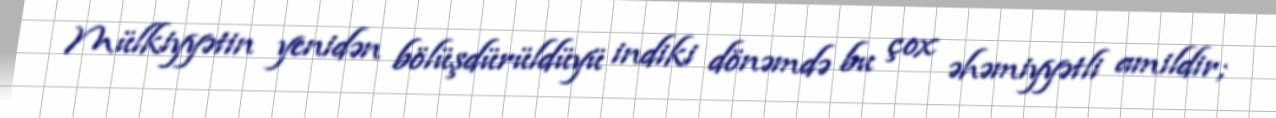
Mülkiyyətin yenidən bölüşdürüldüyü indiki dönəmdə bu çox əhəmiyyətli amildir;